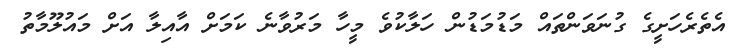
އެތެރެހަށީގެ ގުނަވަންތައް މަޑުމަޑުން ހަލާކުވެ މީހާ މަރުވާނެ ކަމަށް އާއިލާ އަށް މައުލޫމާތު